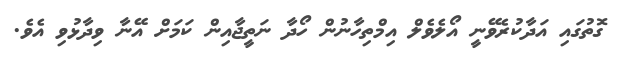
ގޮތުގައި އަދާކުރެވޭނީ އޯލެވެލް އިމްތިހާނުން ހޯދާ ނަތީޖާއިން ކަމަށް އޭނާ ވިދާޅުވި އެވެ.